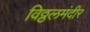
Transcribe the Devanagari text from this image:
विठ्ठलमंदीर